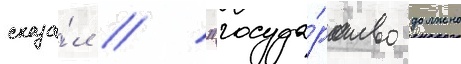
сказа́л // "госуда́рство должно